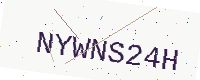
Text: NYWNS24H